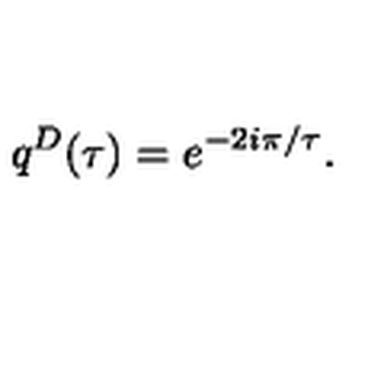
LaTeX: q ^ { D } ( \tau ) = e ^ { - 2 i \pi / \tau } .